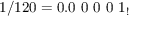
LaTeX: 1 / 1 2 0 = 0 . 0 \ 0 \ 0 \ 0 \ 1 _ { ! }